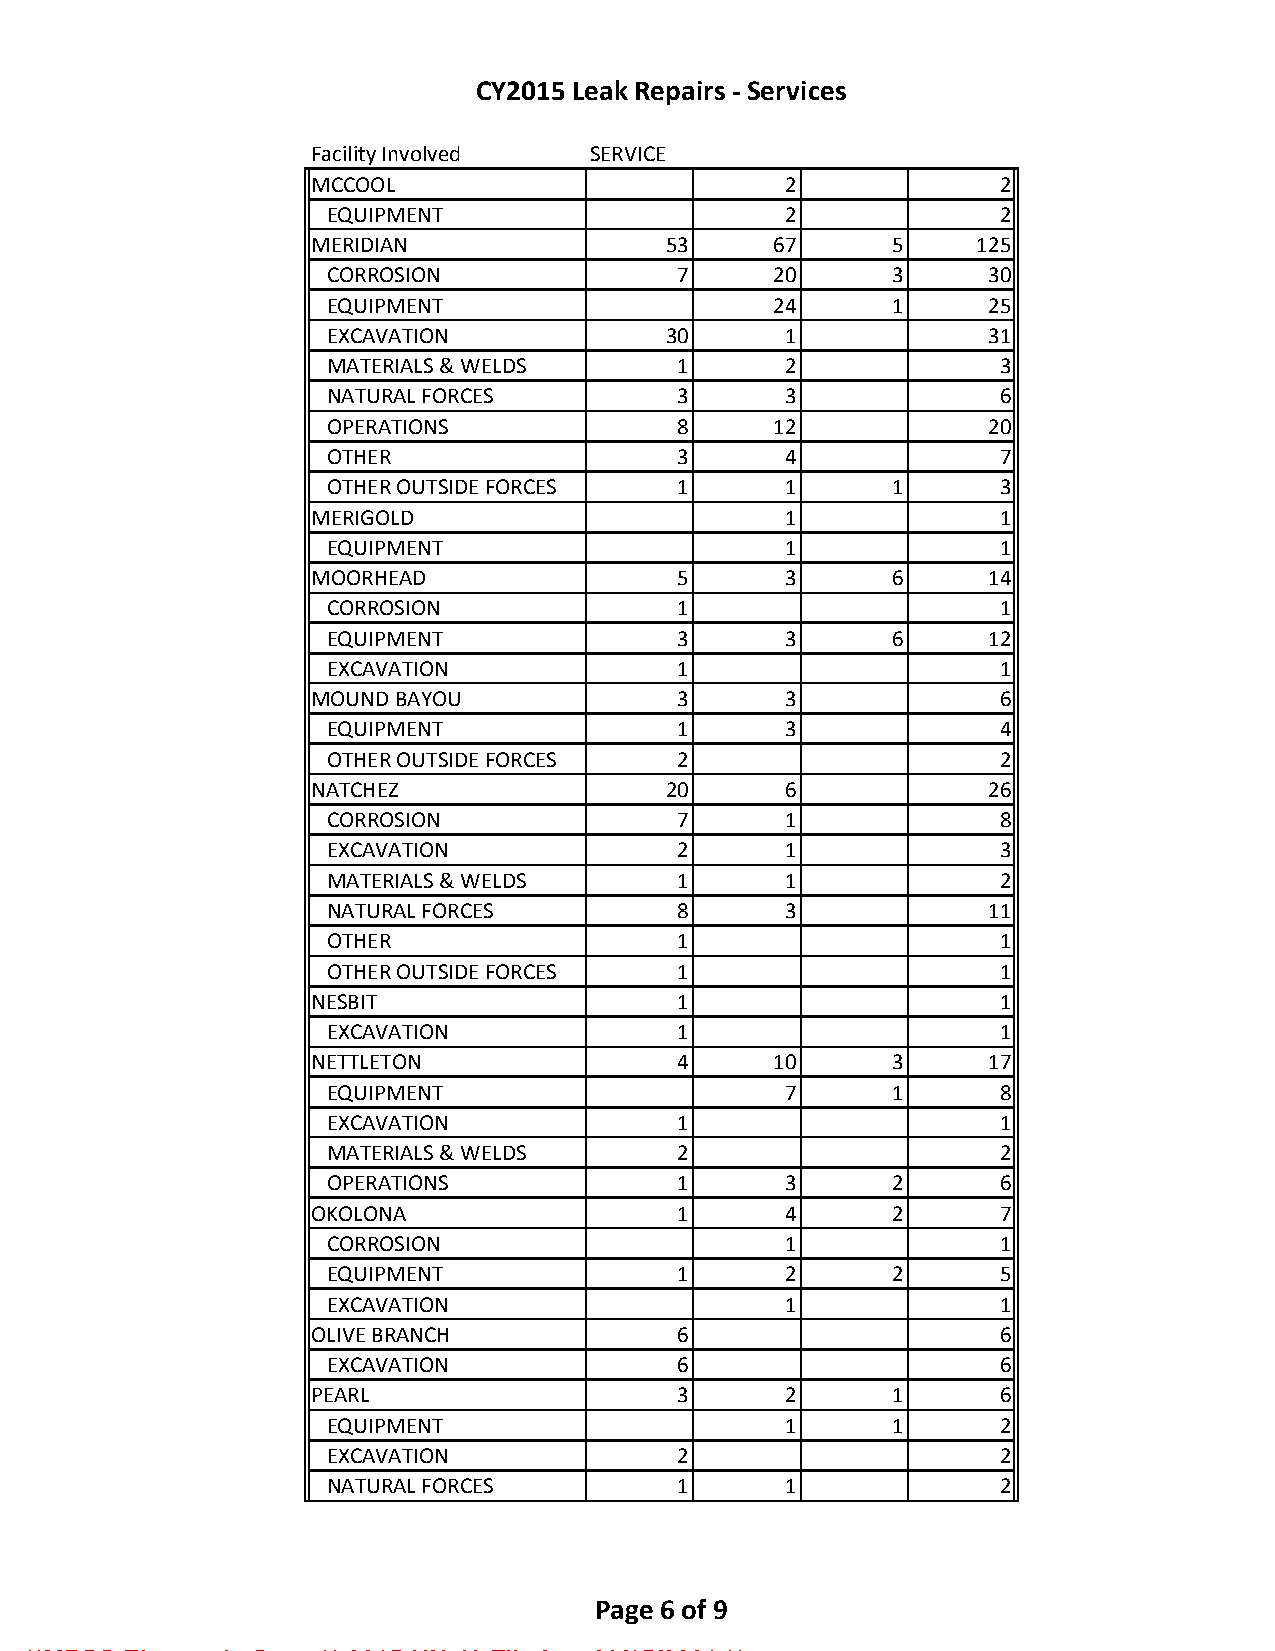
CY2015 Leak Repairs - Services
 Facility Involved  SERVICE
 MCCOOL                          2             2
 EQUIPMENT                      2             2
 MERIDIAN                53     67      5    125
 CORROSION              7      20      3     30
 EQUIPMENT                     24      1     25
 EXCAVATION             30      1            31
 MATERIALS & WELDS      1       2             3
 NATURAL FORCES         3       3             6
 OPERATIONS             8      12            20
 OTHER                  3       4             7
 OTHER OUTSIDE FORCES   1       1      1      3
 MERIGOLD                        1             1
 EQUIPMENT                      1             1
 MOORHEAD                5       3      6     14
 CORROSION              1                     1
 EQUIPMENT              3       3      6     12
 EXCAVATION             1                     1
 MOUND BAYOU             3       3             6
 EQUIPMENT              1       3             4
 OTHER OUTSIDE FORCES   2                     2
 NATCHEZ                 20      6            26
 CORROSION              7       1             8
 EXCAVATION             2       1             3
 MATERIALS & WELDS      1       1             2
 NATURAL FORCES         8       3            11
 OTHER                  1                     1
 OTHER OUTSIDE FORCES   1                     1
 NESBIT                  1                     1
 EXCAVATION             1                     1
 NETTLETON               4      10      3     17
 EQUIPMENT                      7      1      8
 EXCAVATION             1                     1
 MATERIALS & WELDS      2                     2
 OPERATIONS             1       3      2      6
 OKOLONA                 1       4      2      7
 CORROSION                      1             1
 EQUIPMENT              1       2      2      5
 EXCAVATION                     1             1
 OLIVE BRANCH            6                     6
 EXCAVATION             6                     6
 PEARL                   3       2      1      6
 EQUIPMENT                      1      1      2
 EXCAVATION             2                     2
 NATURAL FORCES         1       1             2
 Page 6 of 9
 **MPSC Electronic Copy ** 2015-UN-49 Filed on 03/15/2021 **